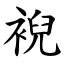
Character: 䘽